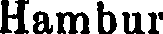
Hamburi